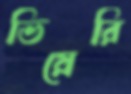
ভিয়েরি